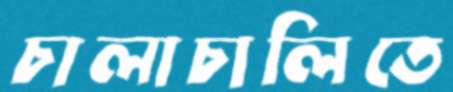
চালাচালিতে